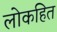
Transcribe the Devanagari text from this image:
लोकहित